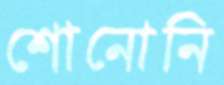
শোনোনি